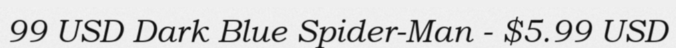
99 USD Dark Blue Spider-Man - $5.99 USD